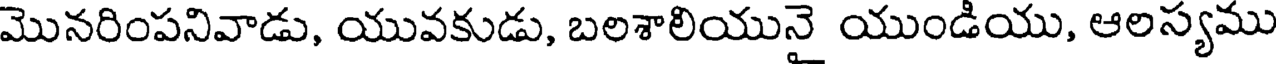
మొనరింపనివాడు, యువకుడు, బలశాలియునై యుండియు, ఆలస్యము